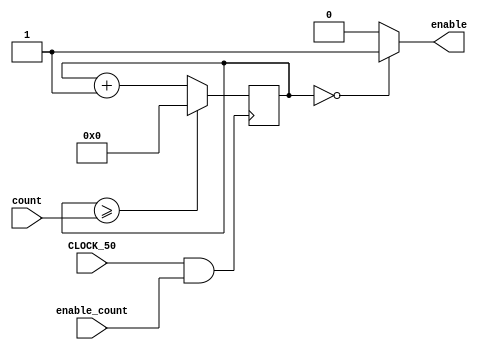
module counter(CLOCK_50, count ,enable_count, enable);
	input CLOCK_50;
	input enable_count;
	input [26:0]count;
	
	reg [26:0] counter;
	output enable;

	initial counter <= 27'b000000000000000000000000000;
	assign enable = (counter == 27'b000000000000000000000000000) ? 1'b1 : 1'b0;
	
	
	always@(posedge CLOCK_50 && enable_count)
		begin
            if (counter >= count)
                counter <= 27'b000000000000000000000000000;
            else
                counter <= counter + 27'b1;
		end
endmodule